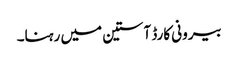
بیرونی کارڈ آستین میں رہنا۔